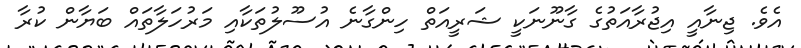
އެވެ. ޖިނާއީ އިޖުރާއަތުގެ ގާނޫނަކީ ޝަރީއަތް ހިންގާނެ އުސޫލުތަކާއި މަރުހަލާތައް ބަޔާން ކުރާ